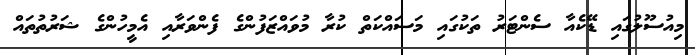
މިއުސޫލުގައި ޑޭކެއާ ސެންޓަރު ތަކުގައި މަސައްކަތް ކުރާ މުވައްޒަފުންގެ ފެންވަރާއި އެމީހުންގެ ޝަރުތުތައް